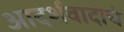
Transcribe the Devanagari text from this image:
आदर्शवादाचे